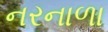
નરનાળા